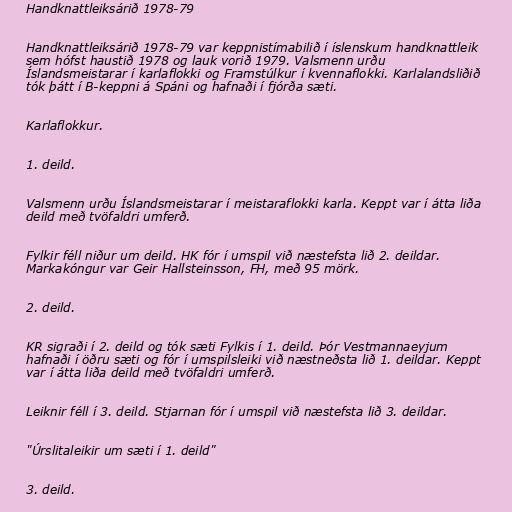
Handknattleiksárið 1978-79

Handknattleiksárið 1978-79 var keppnistímabilið í íslenskum handknattleik
sem hófst haustið 1978 og lauk vorið 1979. Valsmenn urðu
Íslandsmeistarar í karlaflokki og Framstúlkur í kvennaflokki. Karlalandsliðið
tók þátt í B-keppni á Spáni og hafnaði í fjórða sæti.

Karlaflokkur.

1. deild.

Valsmenn urðu Íslandsmeistarar í meistaraflokki karla. Keppt var í átta liða
deild með tvöfaldri umferð.

Fylkir féll niður um deild. HK fór í umspil við næstefsta lið 2. deildar.
Markakóngur var Geir Hallsteinsson, FH, með 95 mörk.

2. deild.

KR sigraði í 2. deild og tók sæti Fylkis í 1. deild. Þór Vestmannaeyjum
hafnaði í öðru sæti og fór í umspilsleiki við næstneðsta lið 1. deildar. Keppt
var í átta liða deild með tvöfaldri umferð.

Leiknir féll í 3. deild. Stjarnan fór í umspil við næstefsta lið 3. deildar.

"Úrslitaleikir um sæti í 1. deild"

3. deild.